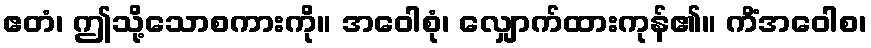
ဧတံ၊ ဤသို့သောစကားကို။ အဝေါစုံ၊ လျှောက်ထားကုန်၏။ ကိံအဝေါစ၊